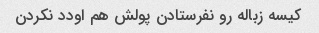
کیسه زباله رو نفرستادن پولش هم اودد نکردن